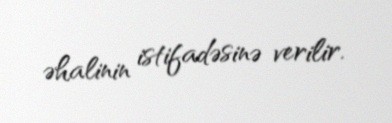
əhalinin istifadəsinə verilir.